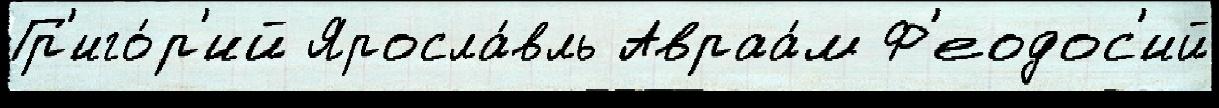
Гр'иго́р'ий Яросла́вль Авраа́м Ф'еодос'ий